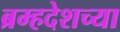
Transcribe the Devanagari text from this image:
ब्रम्हदेशच्या